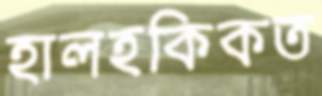
হালহকিকত